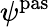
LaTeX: \psi^{\mathrm{pas}}